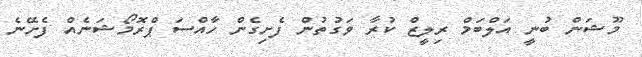
މޫޝަން ބުނީ އަލްބަމް ރިލީޒް ކުރާ ވަގުތުން ފެށިގެން ހާއްސަ ޕްރޮމޯޝަނެއް ފެށޭނެ